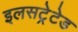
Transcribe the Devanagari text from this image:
इलसट्रेटेड